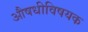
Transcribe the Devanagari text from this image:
औषधीविषयक